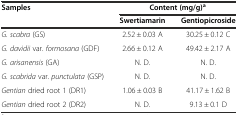
<table><thead><tr><td rowspan="2"><b>Samples</b></td><td colspan="2"><b>Content (mg/g)<sup>a</sup></b></td></tr><tr><td><b>Swertiamarin</b></td><td><b>Gentiopicroside</b></td></tr></thead><tbody><tr><td><i>G. scabra</i> (GS)</td><td>2.52 ± 0.03 A</td><td>30.25 ± 0.12 C</td></tr><tr><td><i>G. davidii</i> var. <i>formosana</i> (GDF)</td><td>2.66 ± 0.12 A</td><td>49.42 ± 2.17 A</td></tr><tr><td><i>G. arisanensis</i> (GA)</td><td>N. D.</td><td>N. D.</td></tr><tr><td><i>G. scabrida</i> var. <i>punctulata</i> (GSP)</td><td>N. D.</td><td>N. D.</td></tr><tr><td><i>Gentian</i> dried root 1 (DR1)</td><td>1.06 ± 0.03 B</td><td>41.17 ± 1.62 B</td></tr><tr><td><i>Gentian</i> dried root 2 (DR2)</td><td>N. D.</td><td>9.13 ± 0.1 D</td></tr></tbody></table>